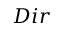
D i r